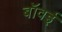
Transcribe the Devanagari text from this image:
बॉवई